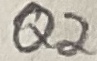
Text: Q2